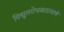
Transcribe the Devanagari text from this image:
विद्युतरोधकाप्रमाणे